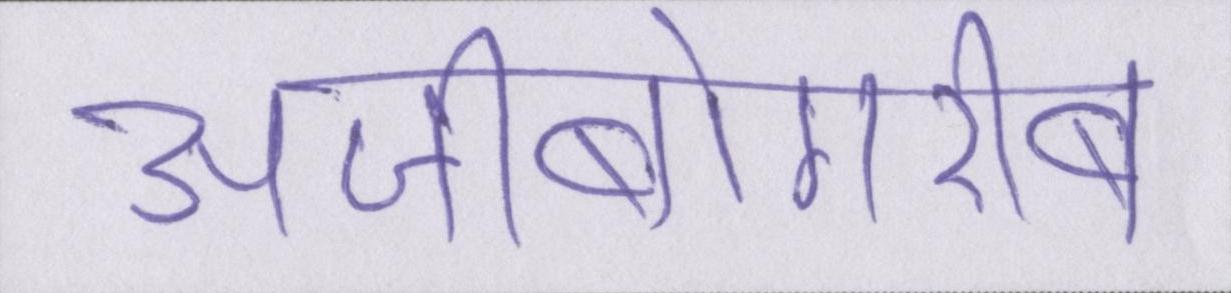
अजीबोगरीब